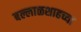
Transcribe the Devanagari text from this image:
बल्लाळशाहच्या